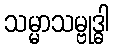
သမ္မာသမ္ဗုဒ္ဓါ